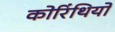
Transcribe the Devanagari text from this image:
कोरिंथियों